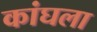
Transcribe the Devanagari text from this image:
कांघला